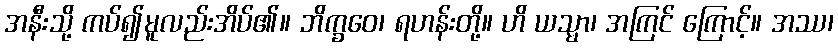
အနီးသို့ ကပ်၍မူလည်းအိပ်၏။ ဘိက္ခဝေ၊ ရဟန်းတို့။ ဟိ ယသ္မာ၊ အကြင် ကြောင့်။ အဿ၊